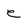
Character: e